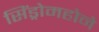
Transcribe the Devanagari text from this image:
सिंड्रोमहोने